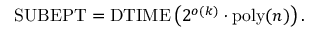
{ \mathrm { S U B E P T } } = { \mathrm { D T I M E } } \left( 2 ^ { o ( k ) } \cdot { \mathrm { p o l y } } ( n ) \right) .